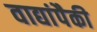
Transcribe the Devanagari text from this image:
वाद्यांपैकी